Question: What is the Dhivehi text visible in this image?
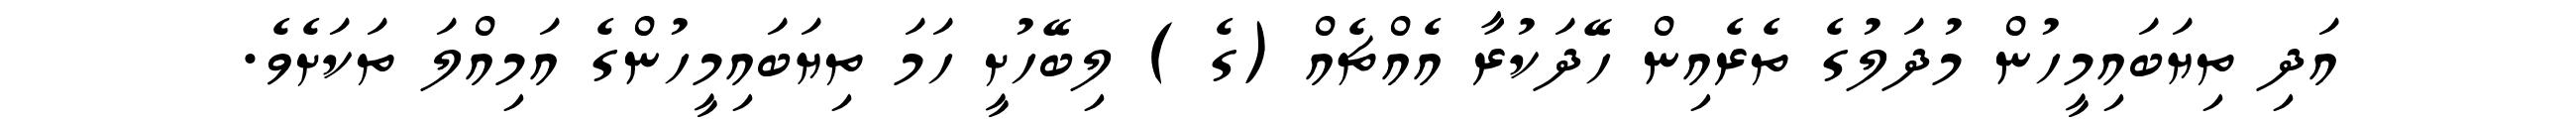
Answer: އަދި ތިޔަބައިމީހުން މުދަލުގެ ތެރެއިން ހޭދަކުރާ އެއްޗެއް (ގެ ) ލިބޭހުށީ ހަމަ ތިޔަބައިމީހުންގެ އަމިއްލަ ތަކަށެވެ.